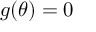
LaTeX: g ( \theta ) = 0